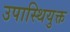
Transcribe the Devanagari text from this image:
उपास्थियुक्त